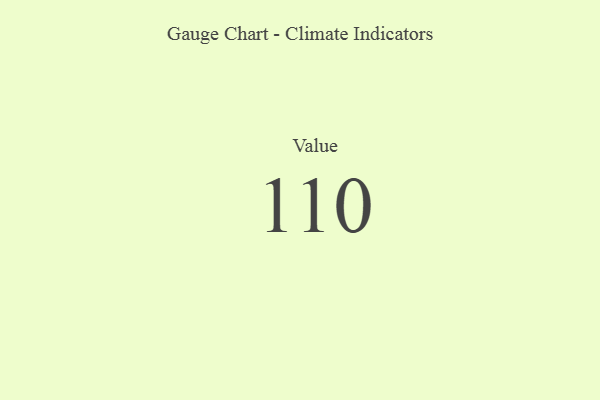
{"axis": {"x": "Metric", "y": "Value"}, "legend": [""], "data": [{"x": "Value", "y": 110, "type": ""}]}